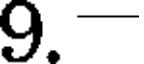
9.-